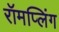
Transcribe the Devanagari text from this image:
रॉमप्लिंग